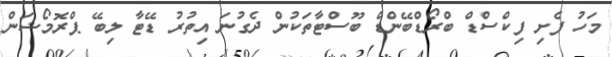
މަހު ފެށި ފިކްސްޑް ބްރޯޑްބޭންޑް ބޫސްޓާތަކުން ދެގުނަ އިތުރު ޑޭޓާ ލިބޭ ޕްރޮމޯޝަން